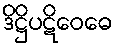
ဒိဋ္ဌိပဋိဝေဓေ